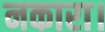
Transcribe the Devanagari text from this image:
नकारा।